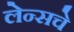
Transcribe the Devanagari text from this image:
लेन्सचे